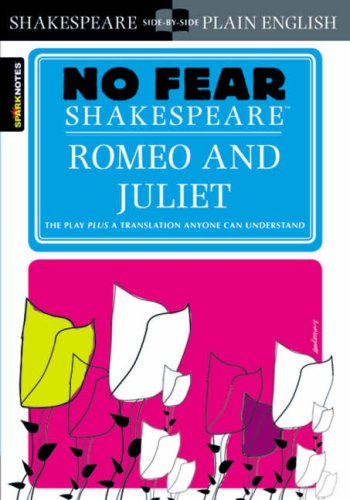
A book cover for Romeo and Juliet (No Fear Shakespeare); William Shakespeare; Literature & Fiction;